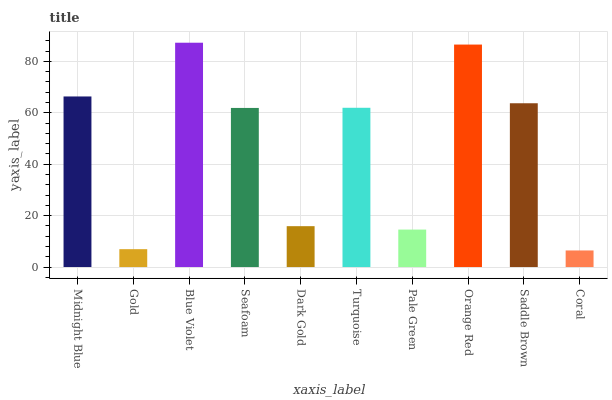
| xaxis_label | bars |
 | --- | --- |
 | Midnight Blue | 66.3 |
 | Gold | 6.95 |
 | Blue Violet | 87.2 |
 | Seafoam | 61.9 |
 | Dark Gold | 15.9 |
 | Turquoise | 61.9 |
 | Pale Green | 14.6 |
 | Orange Red | 86.5 |
 | Saddle Brown | 63.7 |
 | Coral | 6.45 |